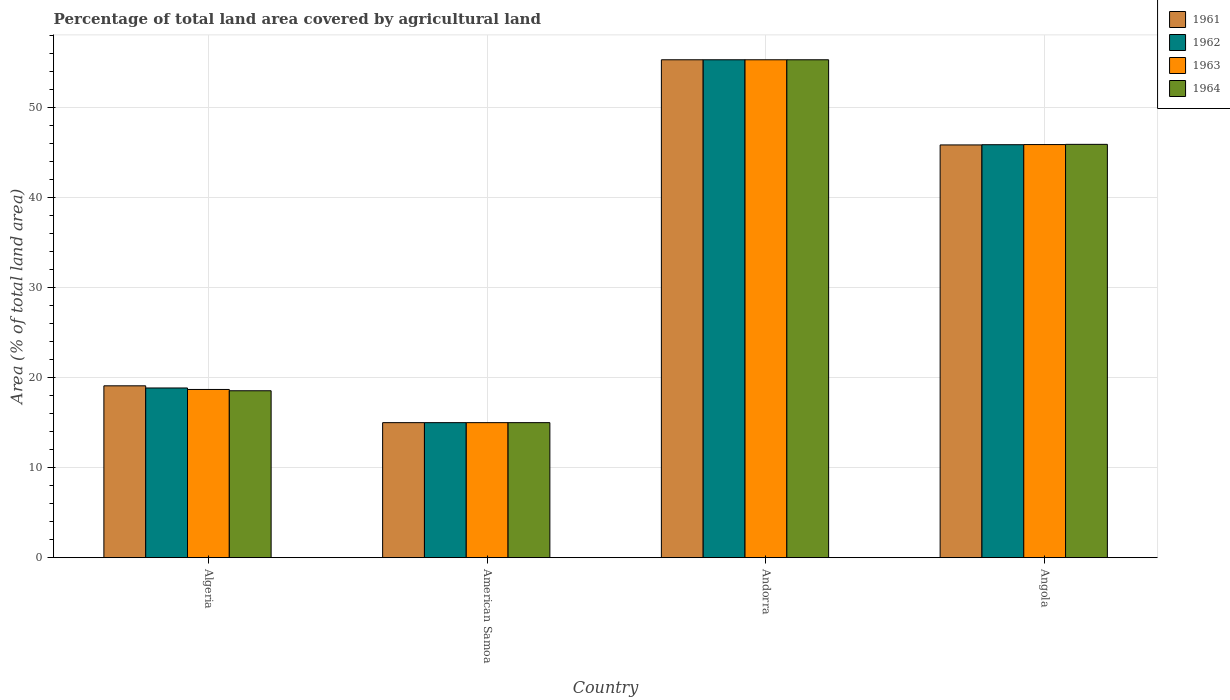
| Country | 1961 | 1962 | 1963 | 1964 |
 | --- | --- | --- | --- | --- |
 | Algeria | 19.1 | 18.9 | 18.7 | 18.5 |
 | American Samoa | 15 | 15 | 15 | 15 |
 | Andorra | 55.3 | 55.3 | 55.3 | 55.3 |
 | Angola | 45.9 | 45.9 | 45.9 | 45.9 |